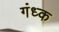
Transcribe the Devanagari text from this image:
गंध्क